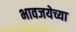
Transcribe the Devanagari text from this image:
भावजयेच्या